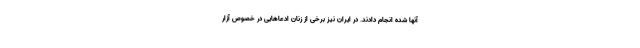
آنها شده انجام دادند. در ایران نیز برخی از زنان ادعاهایی در خصوص آزار